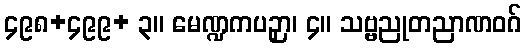
၄၉၈+၄၉၉+ ၃။ မေဏ္ဍကပဉှာ၊ ၄။ သဗ္ဗညုတညာဏဝဂ်